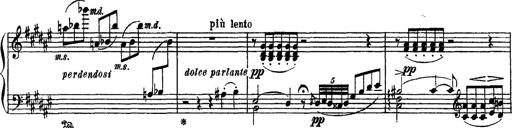
Title: Apparitions
Composer: Franz Liszt